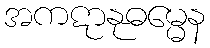
အကဋာနုဓမ္မေန